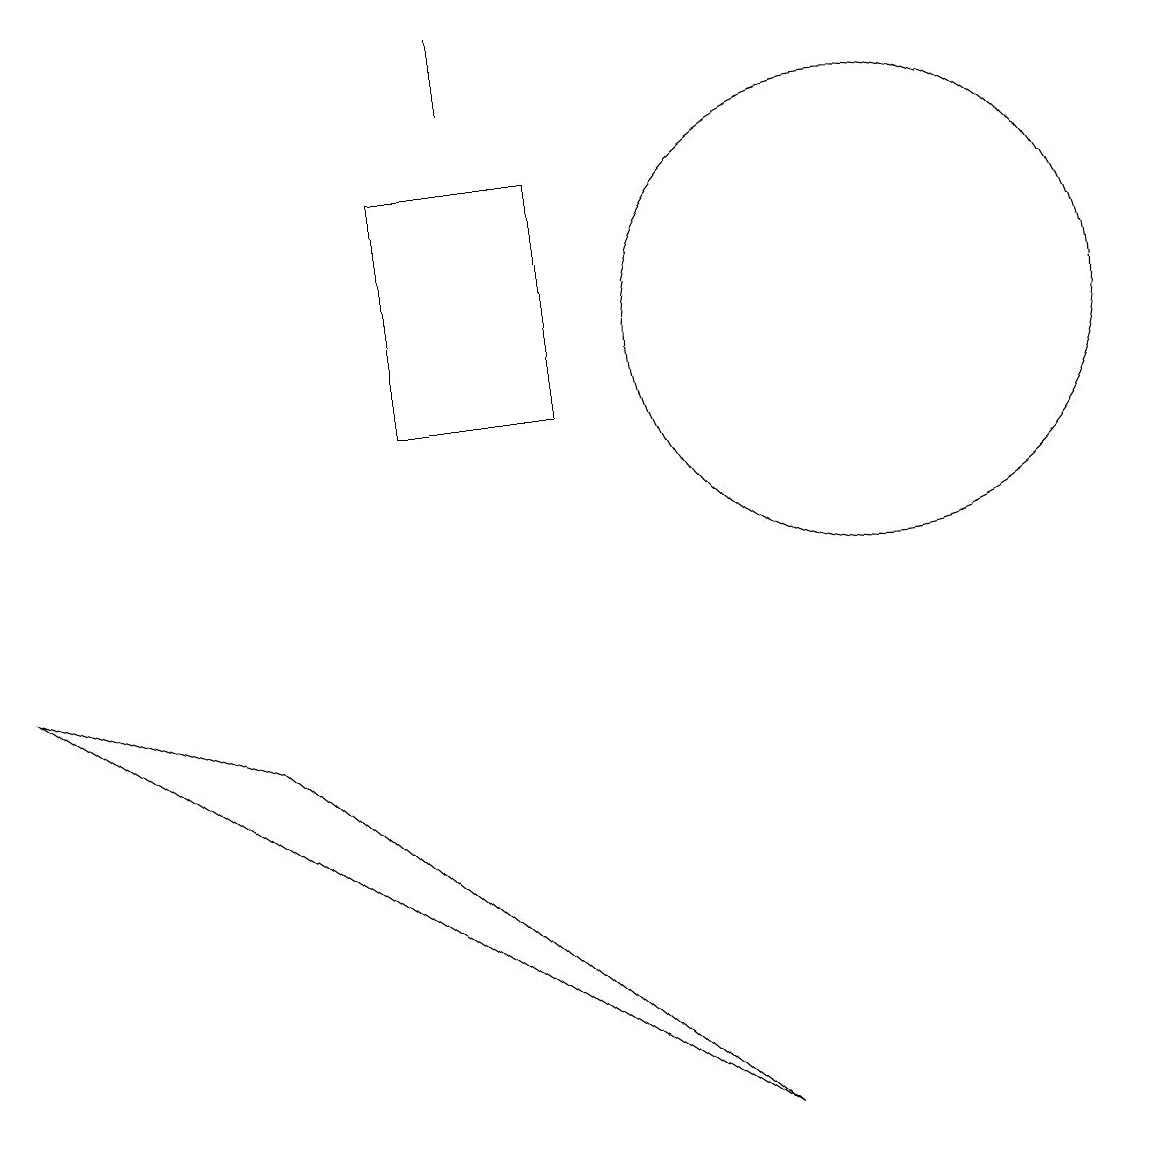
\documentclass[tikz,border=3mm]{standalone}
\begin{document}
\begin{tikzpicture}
\draw (11,11) circle (3);
\draw (0,7) -- (9,1) -- (3,6) -- cycle;
\draw (6,14) rectangle (6,15);
\draw (7,13) rectangle (5,10);
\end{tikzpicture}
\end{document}